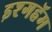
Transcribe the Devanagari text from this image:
इश्गहॅम